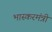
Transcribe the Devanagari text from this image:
भास्करमंत्री